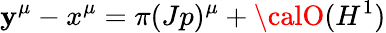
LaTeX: \mathbf{y}^{\mu}-x^{\mu}=\pi(Jp)^{\mu}+{\calO}(H^{1})